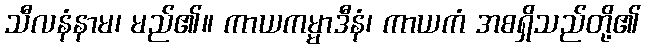
သီလနံနာမ၊ မည်၏။ ကာယကမ္မာဒီနံ၊ ကာယကံ အစရှိသည်တို့၏